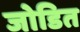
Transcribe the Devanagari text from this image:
जोडित